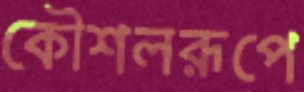
কৌশলরূপে